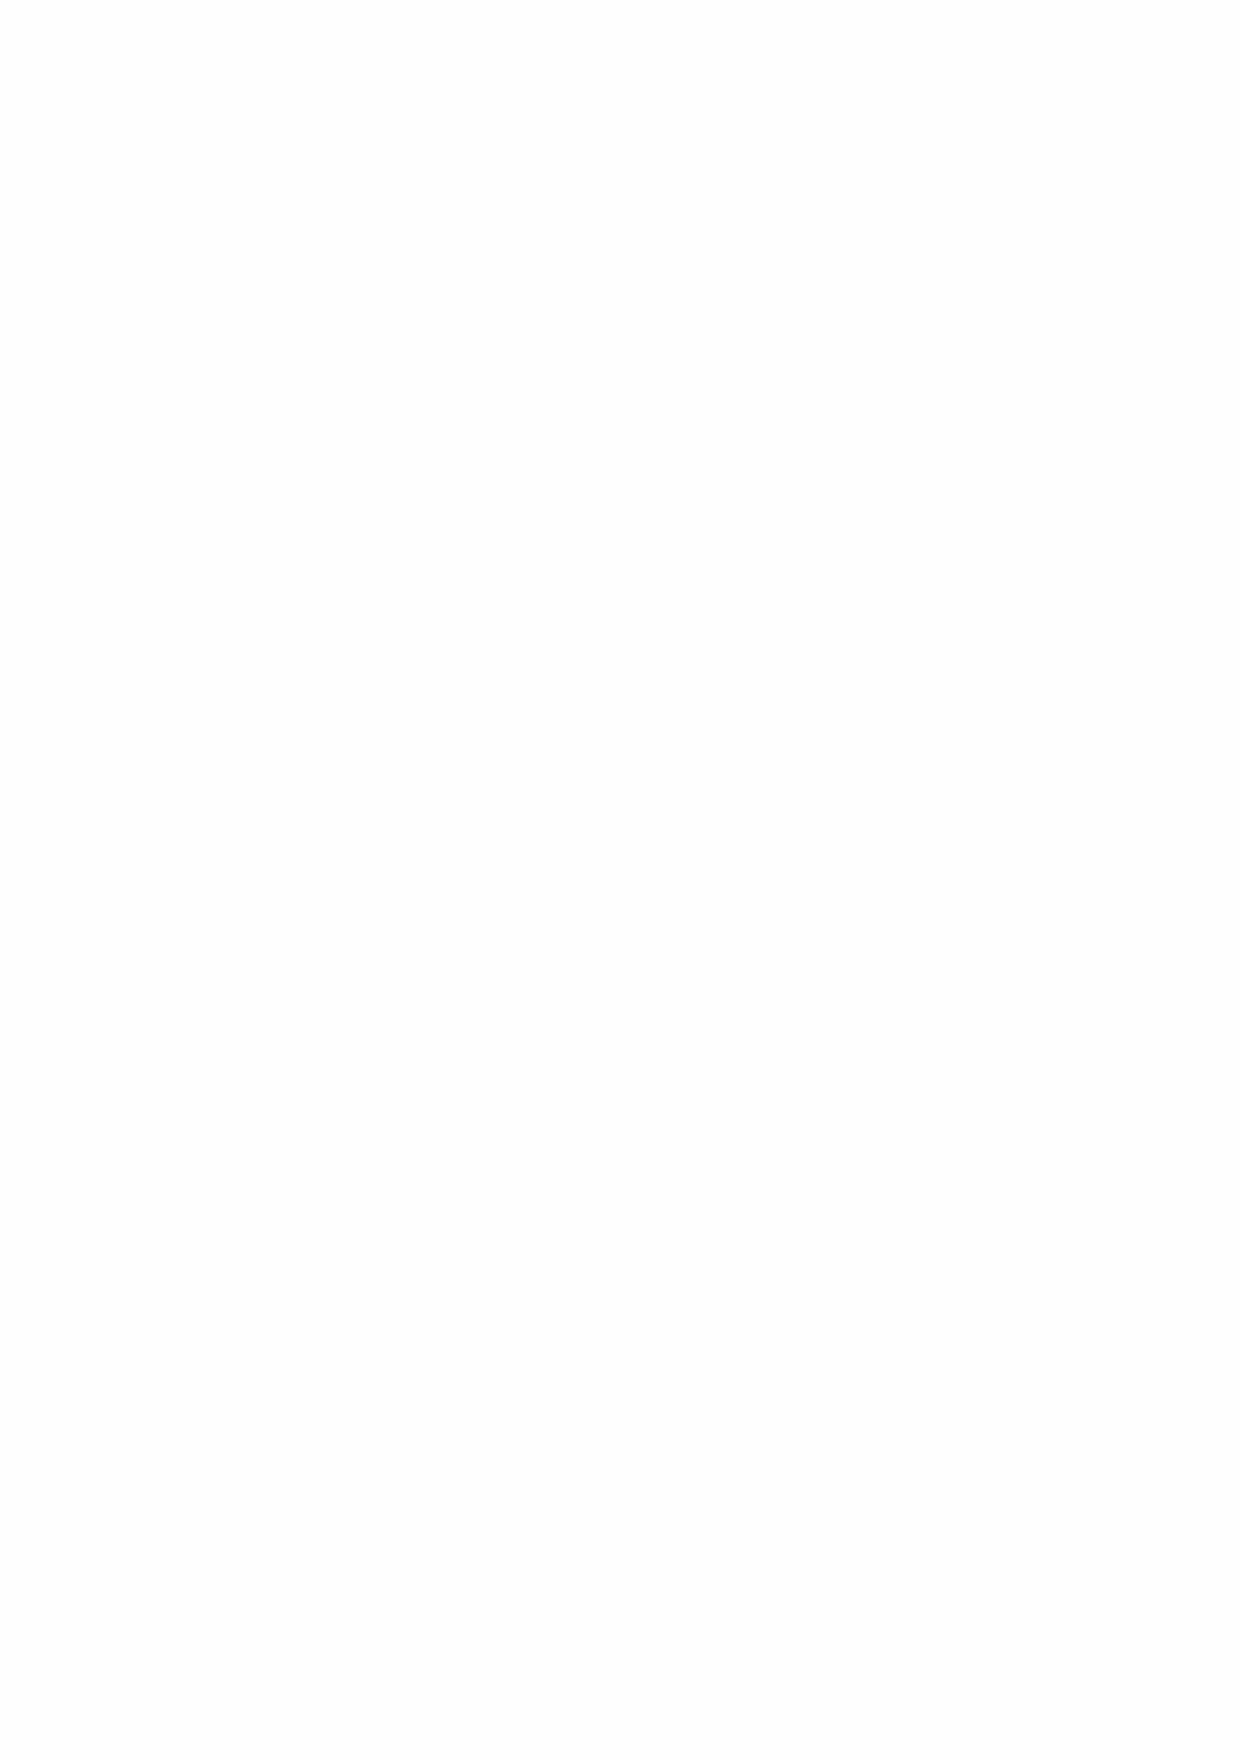
Balance Sheet
 The net assets have decreased from £387.0m at 31 August 2019 to £364.2m at 31 August 2020.
 This decrease of £22.8m mainly results from revaluation losses of £11.8m on quoted investments
 and of £7.9m on investment properties.
 The value of listed investments decreased from £112.9m to £101.1m, with Global Equity Funds
 decreasing the most in value by £8.7m.
 The Greenwich Estate accounted for most of the fall in value of investment properties, decreasing
 in value by £7.7m, from £142.9m to £135.2m. The decrease reflects the current difficulties faced
 by the retail sector as a result of the coronavirus crisis.
 The Group completed the year with £9.4m cash (2019: £12.2m). This level of cash results from
 school fees in advance for the September term, though has fallen in the year due to continuing
 expenditure on the Throckley site, as well as a reduction in cash receipts from retailers on the
 Greenwich Estate, who have been deferring paying their rents under the Government’s moratorium
 on debts.
 The liability due after one year relates to the Hospital’s loan from Royal Bank of Canada which
 remains at £20m, and the School’s finance leases.
 5  Governance  Statement
 This statement sets out the arrangements for the governance of the Hospital, including the Board
 and Sub Committee structure for the advisors. It specifically shows how the organisation identifies
 and manages key risks and provides the assurance from the Director, who is the Accounting Officer
 for the Hospital.
 5.1 Structure and Management
 Greenwich Hospital is a Crown Body. The constitution of Greenwich Hospital is set out in the Royal
 Charter of 1694 and its charitable objects are governed by the subsequent Greenwich Hospital
 Acts 1865-1996 and the Defence (Transfer of Functions Act) 1964.
 The Secretary of State for Defence is the sole Trustee of Greenwich Hospital, with the day-to-day
 administration of the Hospital delegated to the Director of Greenwich Hospital (DGH). The
 oversight of Greenwich Hospital’s strategic policy is carried out by the Advisory Board and, for
 finance and investment matters, the Advisory Panel.
 5.1.1 Sole Trustee
 The legal personality of Greenwich Hospital is the Secretary of State for Defence, acting in
 execution of the Greenwich Hospital Acts 1865-1996 and the Defence (Transfer of Functions) Act
 1964. The Trustee holds all the land, property and financial assets of Greenwich Hospital in trust
 for the Sovereign for the exclusive benefit of Greenwich Hospital (Greenwich Hospital Act 1865
 s.23).
 5.1.2 Advisory Board
 An Advisory Board chaired by the Second Sea Lord oversees the management of Greenwich
 Hospital on behalf of the Admiralty Board and Secretary of State for Defence. It also provides
 advice to the Director of Greenwich Hospital and the Admiralty Board.
 The Advisory Board members are listed below alongside the numbers of meetings attended in
 2019/20.
 Vice Admiral Nick Hine 3 Chair
 Chris Poulter     3   Deputy Chair (to August 2020)
 Sarah Davies      1   Deputy Chair (from June 2020)
 Hugh Player       -   Director Greenwich Hospital (to October 2019)
 Andrew Turner     3   Interim Director Greenwich Hospital (from November 2019)
 Stuart Beevor     1   Property Member
 22